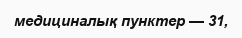
медициналық пунктер — 31,